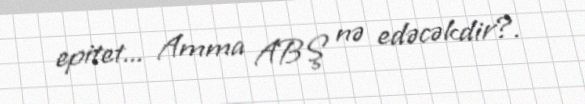
epitet... Amma ABŞ nə edəcəkdir?.